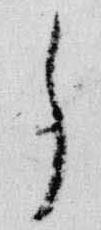
了